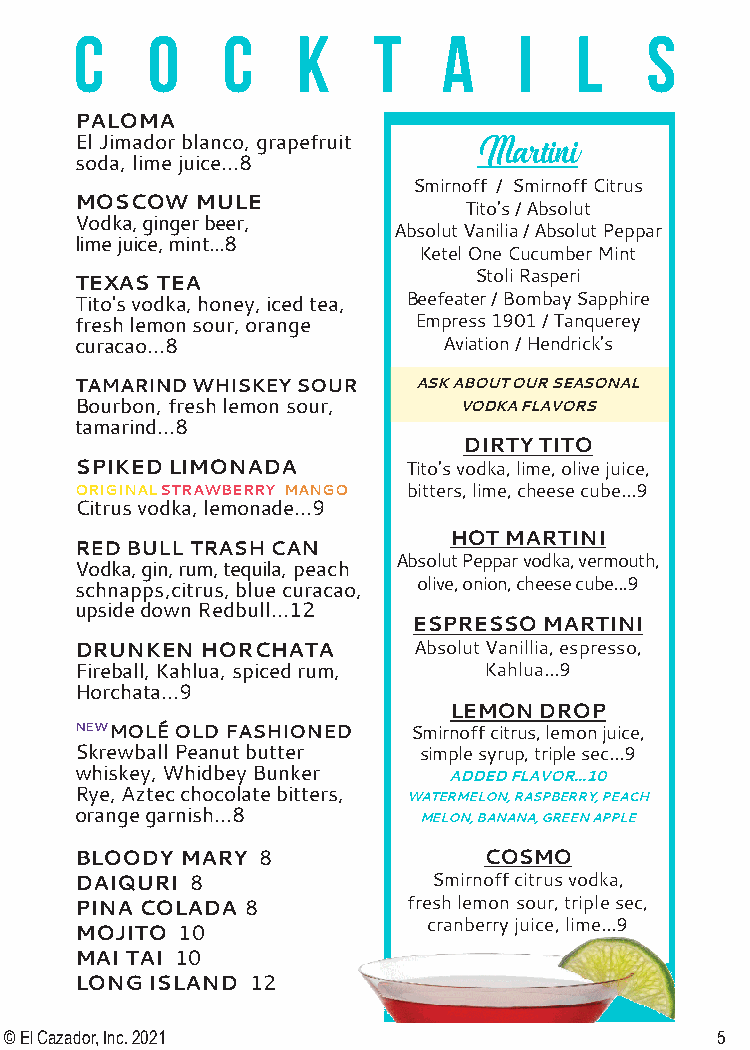
c    o    c    k    t   a    i   l    s
 PALOMA
 El Jimador blanco, grapefruit
 Martini
 soda, lime juice...8
 Smirnoff / Smirnoff Citrus
 MOSCOW  MULE
 Tito’s / Absolut
 Vodka, ginger beer,
 Absolut Vanilia / Absolut Peppar
 lime juice, mint...8
 Ketel One Cucumber Mint
 Stoli Rasperi
 TEXAS TEA
 Tito’s vodka, honey, iced tea, Beefeater / Bombay Sapphire
 fresh lemon sour, orange Empress 1901 / Tanquerey
 curacao...8             Aviation / Hendrick’s
 TAMARIND WHISKEY SOUR  ASK ABOUT OUR SEASONAL
 Bourbon, fresh lemon sour, VODKA FLAVORS
 tamarind...8
 DIRTY TITO
 SPIKED LIMONADA       Tito’s vodka, lime, olive juice,
 ORIGINAL STRAWBERRY MANGO bitters, lime, cheese cube...9
 Citrus vodka, lemonade...9
 HOT MARTINI
 RED BULL TRASH CAN
 Absolut Peppar vodka, vermouth,
 Vodka, gin, rum, tequila, peach
 schnapps,citrus, blue curacao, olive, onion, cheese cube...9
 upside down Redbull...12
 ESPRESSO MARTINI
 DRUNKEN HORCHATA      Absolut Vanillia, espresso,
 Fireball, Kahlua, spiced rum, Kahlua...9
 Horchata...9
 LEMON DROP
 NEWMOLÉ OLD FASHIONED Smirnoff citrus, lemon juice,
 Skrewball Peanut butter simple syrup, triple sec...9
 whiskey, Whidbey Bunker  ADDED FLAVOR...10
 Rye, Aztec chocolate bitters,
 WATERMELON, RASPBERRY, PEACH
 orange garnish...8
 MELON, BANANA, GREEN APPLE
 BLOODY MARY 8              COSMO
 DAIQURI 8               Smirnoff citrus vodka,
 PINA COLADA 8         fresh lemon sour, triple sec,
 cranberry juice, lime...9
 MOJITO 10
 MAI TAI 10
 LONG ISLAND 12
 © El Cazador, Inc. 2021                        5